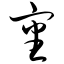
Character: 审